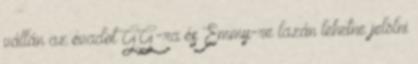
vállán az évadot GG-ra és Emmy-re lazán lehetne jelölni